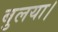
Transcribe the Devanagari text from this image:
बुलया।